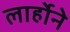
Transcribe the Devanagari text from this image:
लार्होने